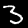
Digit: 3